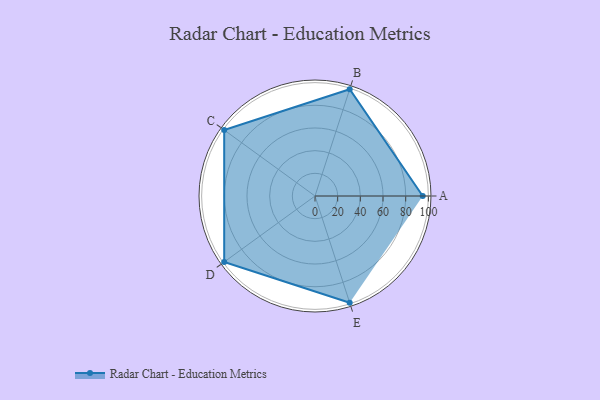
{"axis": {"x": "Skill", "y": "Score"}, "legend": ["Profile"], "data": [{"x": "A", "y": 95.0, "type": "Profile"}, {"x": "B", "y": 99.0, "type": "Profile"}, {"x": "C", "y": 99, "type": "Profile"}, {"x": "D", "y": 99, "type": "Profile"}, {"x": "E", "y": 99, "type": "Profile"}]}